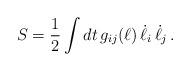
LaTeX: \begin{align*}S = {1\over 2} \int dt\, g_{ij}(\ell) \,\dot{\ell}_i \,\dot{\ell}_j \,.\end{align*}